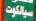
سيالكوت